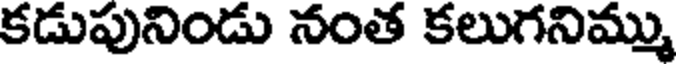
కడుపునిండు నంత కలుగనిమ్ము